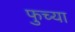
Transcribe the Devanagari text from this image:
फुच्या